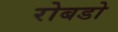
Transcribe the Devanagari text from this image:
रोबडो